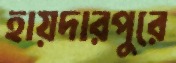
হায়দারপুরে